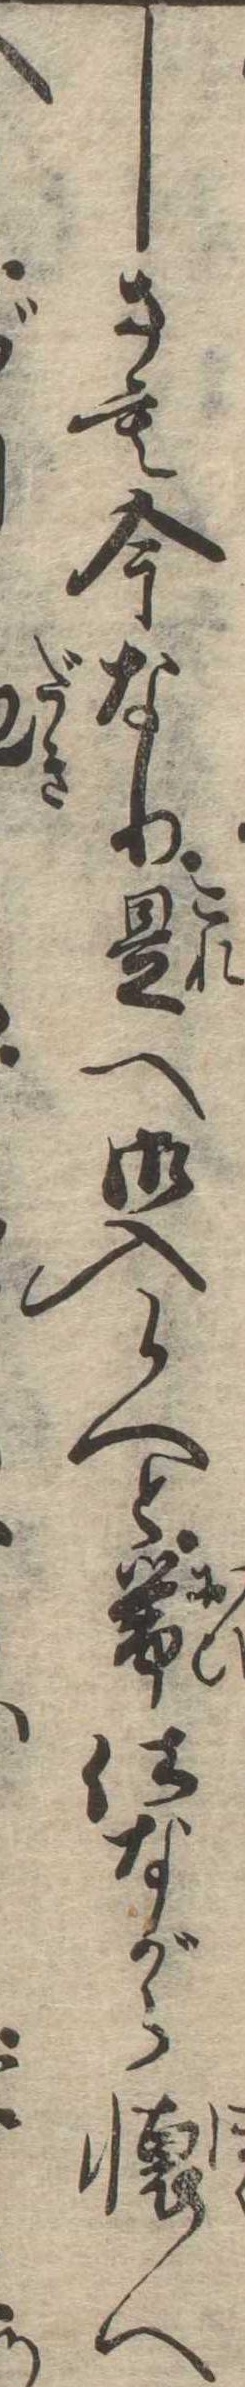
しさも今なり是へ御入候へと帯仕ながら懐へ